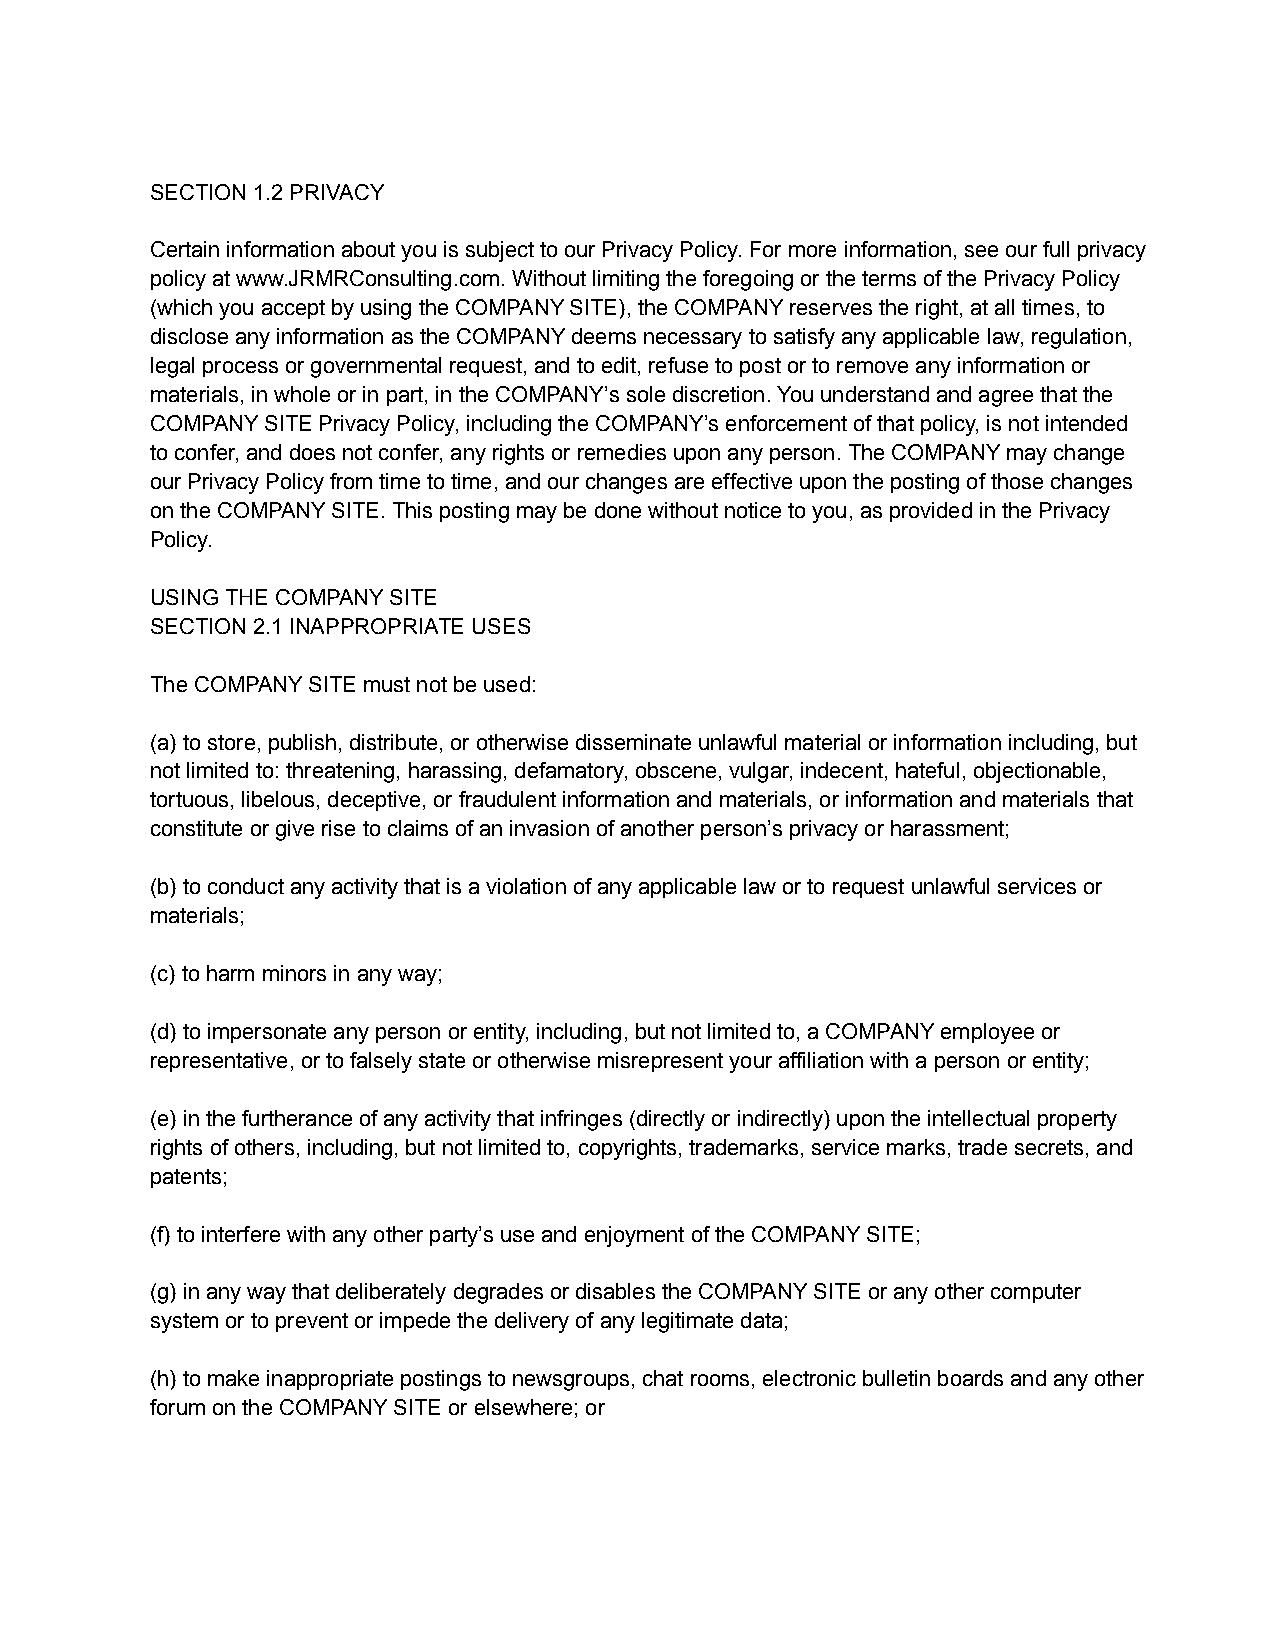
SECTION 1.2 PRIVACY
 Certain information about you is subject to our Privacy Policy. For more information, see our full privacy
 policy at www.JRMRConsulting.com. Without limiting the foregoing or the terms of the Privacy Policy
 (which you accept by using the COMPANY SITE), the COMPANY reserves the right, at all times, to
 disclose any information as the COMPANY deems necessary to satisfy any applicable law, regulation,
 legal process or governmental request, and to edit, refuse to post or to remove any information or
 materials, in whole or in part, in the COMPANY’s sole discretion. You understand and agree that the
 COMPANY SITE Privacy Policy, including the COMPANY’s enforcement of that policy, is not intended
 to confer, and does not confer, any rights or remedies upon any person. The COMPANY may change
 our Privacy Policy from time to time, and our changes are effective upon the posting of those changes
 on the COMPANY SITE. This posting may be done without notice to you, as provided in the Privacy
 Policy.
 USING THE COMPANY SITE
 SECTION 2.1 INAPPROPRIATE USES
 The COMPANY SITE must not be used:
 (a) to store, publish, distribute, or otherwise disseminate unlawful material or information including, but
 not limited to: threatening, harassing, defamatory, obscene, vulgar, indecent, hateful, objectionable,
 tortuous, libelous, deceptive, or fraudulent information and materials, or information and materials that
 constitute or give rise to claims of an invasion of another person’s privacy or harassment;
 (b) to conduct any activity that is a violation of any applicable law or to request unlawful services or
 materials;
 (c) to harm minors in any way;
 (d) to impersonate any person or entity, including, but not limited to, a COMPANY employee or
 representative, or to falsely state or otherwise misrepresent your affiliation with a person or entity;
 (e) in the furtherance of any activity that infringes (directly or indirectly) upon the intellectual property
 rights of others, including, but not limited to, copyrights, trademarks, service marks, trade secrets, and
 patents;
 (f) to interfere with any other party’s use and enjoyment of the COMPANY SITE;
 (g) in any way that deliberately degrades or disables the COMPANY SITE or any other computer
 system or to prevent or impede the delivery of any legitimate data;
 (h) to make inappropriate postings to newsgroups, chat rooms, electronic bulletin boards and any other
 forum on the COMPANY SITE or elsewhere; or